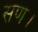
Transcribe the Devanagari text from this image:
सण।